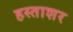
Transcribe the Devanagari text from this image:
हस्ताशर